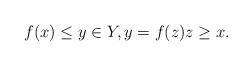
LaTeX: \begin{align*} f(x) \leq y \in Y, y = f(z) z \geq x.\end{align*}